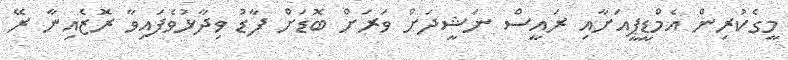
މީގެކުރިން އެމްޑީޕީއަށާއި ރައީސް ނަޝީދަށް ވަރަށް ބޮޑަށް ފާޑު ވިދާޅުވެފައިވާ ރޮޒެއިނާ ރޭ